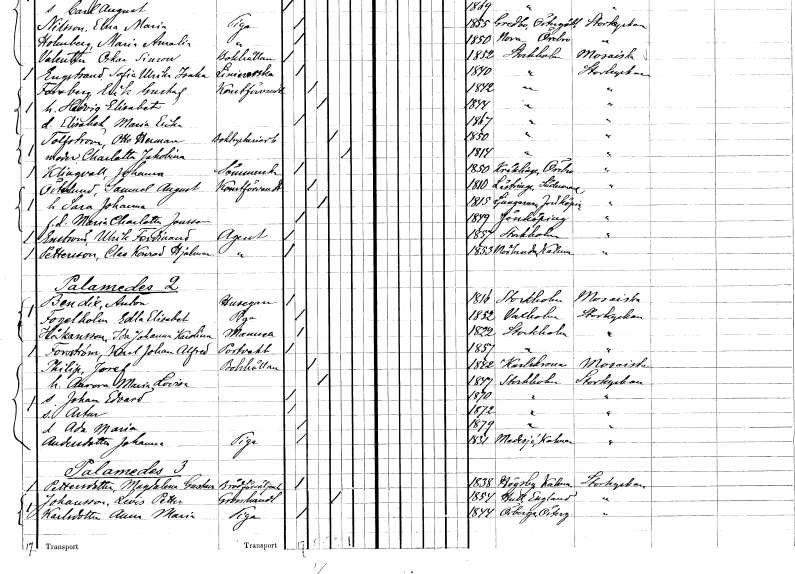
gt_parse: households: individuals: FN: Johanna
EN: Klingvall
YRKE: Sömmerska
KON: K
CIV: O
FODAR: 1850
FODFORS: Kräcklinge Örebro län
FN: Samuel August
EN: Östlund
YRKE: Konstförvandt
KON: M
CIV: G
FODAR: 1840
FODFORS: Lästringe Södermanlands län
FN: Sara Johanna
KON: K
CIV: G
FODAR: 1815
FODFORS: Ljungarum Jönköpings län
FN: Maria Charlotta
EN: Jonsson
KON: K
CIV: O
FODAR: 1849
FODFORS: Jönköping Jönköpings län
FN: Ulrik Ferdinand
EN: Enström
YRKE: Agent
KON: M
CIV: O
FODAR: 1857
FODFORS: Stockholm
FN: Clas Konrad Hjalmar
EN: Pettersson
YRKE: Agent
KON: M
CIV: O
FODAR: 1853
FODFORS: Mörlunda Kalmar län
FN: Anton
EN: Bendic
YRKE: Husägare
KON: M
CIV: O
FODAR: 1816
FODFORS: Stockholm
FN: Edla Elisabet
EN: Fogelholm
YRKE: Piga
KON: K
CIV: O
FODAR: 1852
FODFORS: Vaxholm Stockholms län
FN: Ida Johanna Karolina
EN: Håkansson
KON: K
CIV: O
FODAR: 1822
FODFORS: Stockholm
FN: Karl Johan Alfred
EN: Forsström
YRKE: Portvakt
KON: M
CIV: O
FODAR: 1857
FODFORS: Stockholm
FN: Josef
EN: Philip
YRKE: Bokhållare
KON: M
CIV: G
FODAR: 1842
FODFORS: Karlskrona Blekinge län
FN: Aurora Maria Lovisa
KON: K
CIV: G
FODAR: 1847
FODFORS: Stockholm
FN: Johan Edvard
KON: M
CIV: O
FODAR: 1870
FODFORS: Stockholm
FN: Artur
KON: M
CIV: O
FODAR: 1872
FODFORS: Stockholm
FN: Ada Maria
KON: K
CIV: O
FODAR: 1879
FODFORS: Stockholm
FN: Johanna
EN: Andersdotter
YRKE: Piga
KON: K
CIV: O
FODAR: 1831
FODFORS: Madesjö Kalmar län
FN: Magdalena Gustava
EN: Pettersdotter
YRKE: Brödförsäljerska
KON: K
CIV: O
FODAR: 1838
FODFORS: Högsby Kalmar län
FN: Levis Petter
EN: Johansson
YRKE: Grosshandlare
KON: M
CIV: E
FODAR: 1854
FN: Anna Maria
EN: Karlsdotter
YRKE: Piga
KON: K
CIV: O
FODAR: 1844
FODFORS: Örberga Östergötlands län